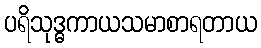
ပရိသုဒ္ဓကာယသမာစာရတာယ